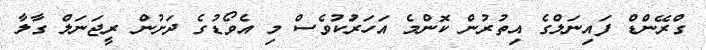
ގްރޭންޑް ފައިނަލްގެ އިތުރުން ކޮންމެ އަހަރުަކުވެސް މި އެވޯޑުގެ ދަށުން ރީޖަނަލް ގާލާ